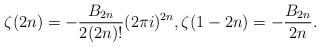
LaTeX: \begin{align*} \zeta(2n) =-\frac{B_{2n}}{2(2n)!}(2\pi i)^{2n},\zeta(1-2n) =-\frac{B_{2n}}{2n}.\end{align*}